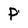
Character: p